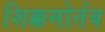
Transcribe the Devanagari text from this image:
शिक्कमोर्तब